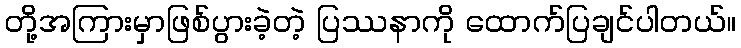
တို့အကြားမှာဖြစ်ပွားခဲ့တဲ့ ပြဿနာကို ထောက်ပြချင်ပါတယ်။